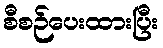
စီစဉ်ပေးထားပြီး